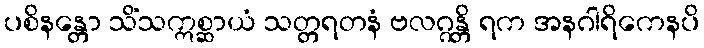
ပစိနန္တော သိံသဣစ္ဆာယံ သတ္တရတနံ ဗလဂ္ဂန္တိ ရက အနဂါရိကေနပိ